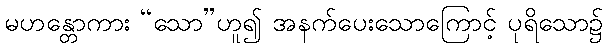
မဟန္တောကား “သော”ဟူ၍ အနက်ပေးသောကြောင့် ပုရိသော၌